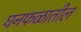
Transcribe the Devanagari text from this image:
घनफळातील